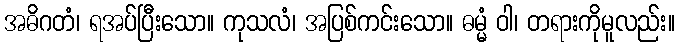
အဓိဂတံ၊ ရအပ်ပြီးသော။ ကုသလံ၊ အပြစ်ကင်းသော။ ဓမ္မံ ဝါ၊ တရားကိုမူလည်း။